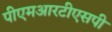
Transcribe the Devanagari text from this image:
पीएमआरटीएसपी